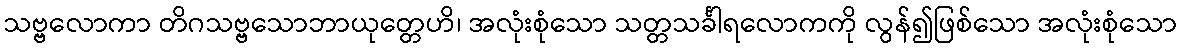
သဗ္ဗလောကာ တိဂသဗ္ဗသောဘာယုတ္တေဟိ၊ အလုံးစုံသော သတ္တသင်္ခါရလောကကို လွန်၍ဖြစ်သော အလုံးစုံသော